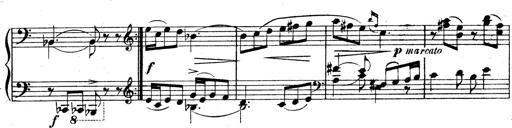
Title: 3 Sonatinas for Piano
Composer: Vissarion Shebalin